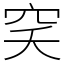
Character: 穾